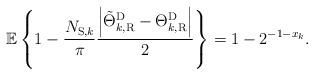
LaTeX: \begin{align*} {\mathbb E}\left\{1 - \frac{{{N_{{\rm{S}},k}}}}{\pi }\frac{{\left| {\tilde \Theta _{{k,{\rm{R}}}}^{\rm{D}} - \Theta _{{k,{\rm{R}}}}^{\rm{D}}} \right|}}{2}\right\}={1 - {2^{ - 1 - {x_k}}}}.\end{align*}